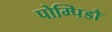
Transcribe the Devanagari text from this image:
पोम्पिडौ